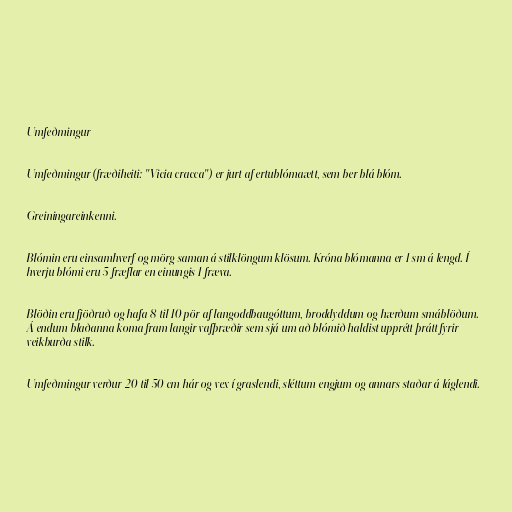
Umfeðmingur

Umfeðmingur (fræðiheiti: "Vicia cracca") er jurt af ertublómaætt, sem ber blá blóm.

Greiningareinkenni.

Blómin eru einsamhverf og mörg saman á stilklöngum klösum. Króna blómanna er 1 sm á lengd. Í
hverju blómi eru 5 fræflar en einungis 1 fræva.

Blöðin eru fjöðruð og hafa 8 til 10 pör af langoddbaugóttum, broddyddum og hærðum smáblöðum.
Á endum blaðanna koma fram langir vafþræðir sem sjá um að blómið haldist upprétt þrátt fyrir
veikburða stilk.

Umfeðmingur verður 20 til 50 cm hár og vex í graslendi, sléttum engjum og annars staðar á láglendi.